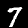
Digit: 7